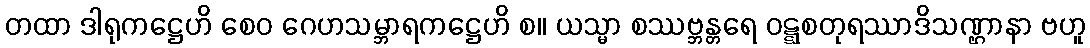
တထာ ဒါရုကဋ္ဌေဟိ စေဝ ဂေဟသမ္ဘာရကဋ္ဌေဟိ စ။ ယသ္မာ စဿဗ္ဘန္တရေ ဝဋ္ဋစတုရဿာဒိသဏ္ဌာနာ ဗဟူ